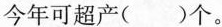
今年可超产( )个。